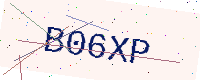
Text: B06XP